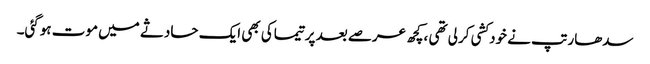
سدھارتپ نے خودکشی کرلی تھی ،کچھ عرصے بعد پرتیماکی بھی ایک حادثے میں موت ہوگئی۔